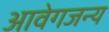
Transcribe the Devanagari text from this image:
आवेगजन्य